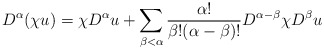
\begin{align*} D^\alpha (\chi u) = \chi D^\alpha u + \sum_{\beta< \alpha} \frac{\alpha!}{\beta!(\alpha-\beta)!}D^{\alpha-\beta} \chi D^{\beta} u\end{align*}